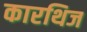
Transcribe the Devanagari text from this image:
कारथिज